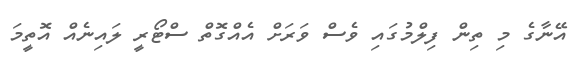
އޭނާގެ މި ތިން ފިލްމުގައި ވެސް ވަރަށް އެއްގޮތް ސްޓޯރީ ލައިނެއް އޮތީމަ